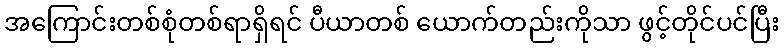
အကြောင်းတစ်စုံတစ်ရာရှိရင် ပီယာတစ် ယောက်တည်းကိုသာ ဖွင့်တိုင်ပင်ပြီး